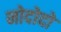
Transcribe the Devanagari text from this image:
नोदोदो